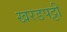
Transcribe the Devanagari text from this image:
खरडपट्टी